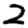
Digit: 2